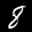
Label: 8